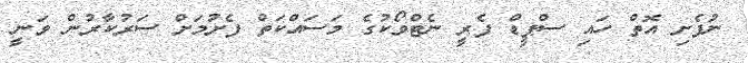
ނުފެށި އޮތް ހައި ސްޕީޑް ފެރީ ނެޓްވޯކުގެ މަސައްކަތް ފެށުމަށް ސަރުކާރުން ވަނީ